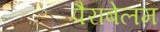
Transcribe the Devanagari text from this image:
पैराबेलम